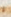
لا